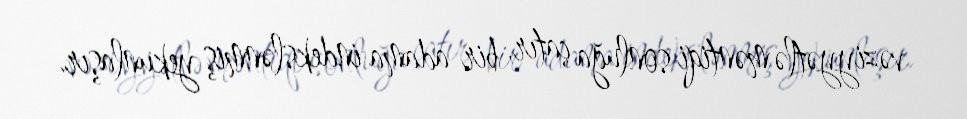
vəziyyətlə məntiqi sonluğa çatır, bir adama indekslənmiş yekunlaşır.